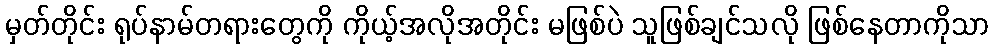
မှတ်တိုင်း ရုပ်နာမ်တရားတွေကို ကိုယ့်အလိုအတိုင်း မဖြစ်ပဲ သူဖြစ်ချင်သလို ဖြစ်နေတာကိုသာ